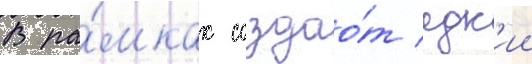
В ра́мках создао́т едк'ии